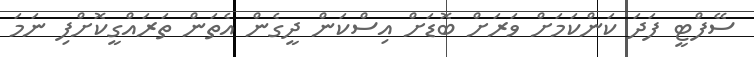
ސޭފްޓީ ފަދަ ކަންކަމަށް ވަރަށް ބޮޑަށް އިސްކަން ދީގެން އެތަން ތަރައްގީކޮށްފި ނަމަ